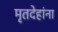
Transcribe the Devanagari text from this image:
मृतदेहांना